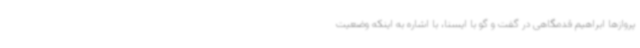
پروازها ابراهیم قدمگاهی در گفت و گو با ایسنا، با اشاره به اینکه وضعیت